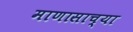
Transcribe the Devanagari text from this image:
माणासाच्या